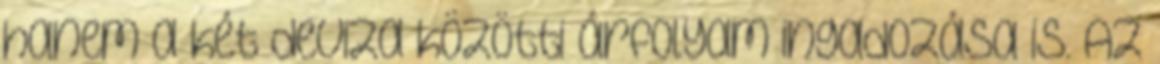
hanem a két deviza közötti árfolyam ingadozása is. Az